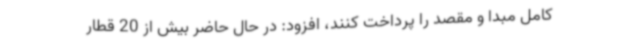
کامل مبدا و مقصد را پرداخت کنند، افزود: در حال حاضر بیش از 20 قطار